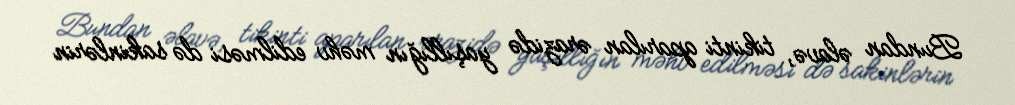
Bundan əlavə, tikinti aparılan ərazidə yaşıllığın məhv edilməsi də sakinlərin